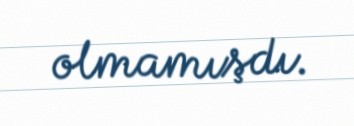
olmamışdı.